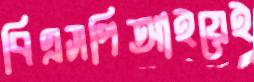
বিএসপিআইয়েই